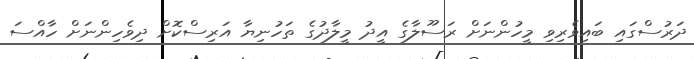
ދަރުސްގައި ބައިވެރިވި މީހުންނަށް ރަސޫލާގެ އީދު މީލާދުގެ ތަހުނިޔާ އަރިސްކޮށް ދިވެހިންނަށް ހާއްސަ